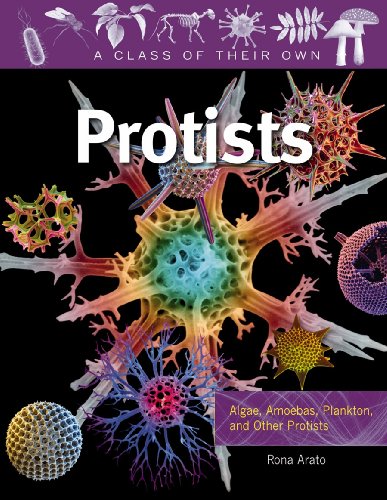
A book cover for Protists: Algae, Amoebas, Plankton, and Other Protists (Class of Their Own); Rona Arato; Children's Books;